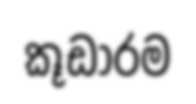
කූඩාරම